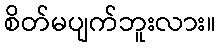
စိတ်မပျက်ဘူးလား။